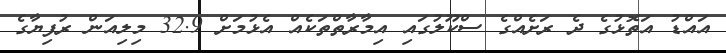
އައްޑު އަތޮޅުގެ ދެ ރަށެއްގެ ސްކޫލުގައި އިމާރާތްތަކެއް އެޅުމަށް 32.9 މިލިއަން ރުފިޔާގެ